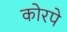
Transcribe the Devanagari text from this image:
कोरपे